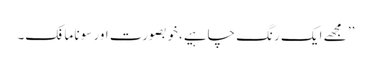
’’ مجھے ایک رِنگ چاہیے،خوبصورت اور سونا مافک۔